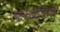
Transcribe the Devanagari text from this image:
बनखंडियाँ